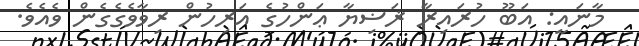
މާނައީ: އަބޫ ހުރައިރާ ޜަޟިޔާ ޢަންހުގެ އަރިހުން ރިވާވެގެގެން ވެއެވެ.